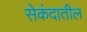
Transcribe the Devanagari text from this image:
सेकंदातील